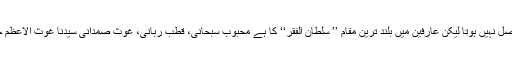
جو مقام اللہ پاک کی بارگاہ میں عارف کو حاصل ہو تا ہے وہ کسی اور ولی کو حاصل نہیں ہوتا لیکن عارفین میں بلند ترین مقام ’’ سلطان الفقر‘‘ کا ہے محبوبِ سبحانی، قطبِ ربانی، غوثِ صمدانی سیّدنا غوث الاعظم حضرت شیخ عبدالقادر جیلانی رضی اللہ عنہٗ’’سلطان ا لفقر‘‘ کے مرتبہ پر فائز ہیں۔